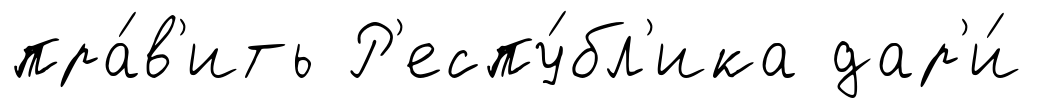
пра́в'ить Р'еспу́бл'ика дар'и́